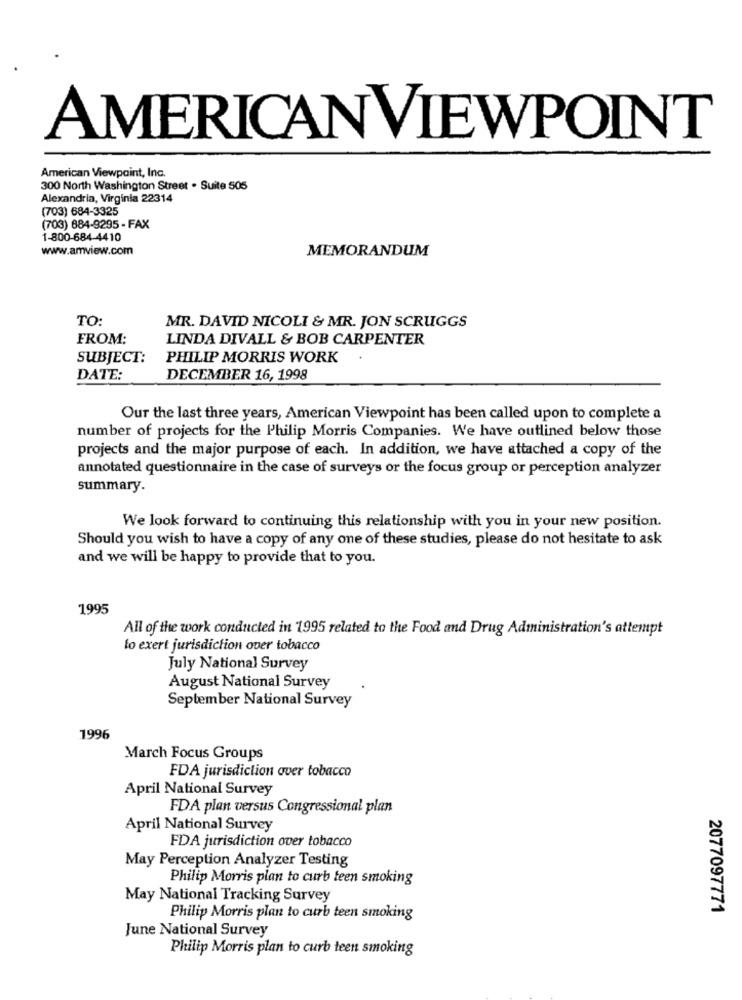
AMERICANVIEWPOINT
American Viewpoint, Inc.
300 North Washington Street . Suite 505
Alexandria, Virginia 22314
(703) 684-3325
(703) 884-9295 - FAX
1-800-684-4410
www.amview.com
MEMORANDUM
TO:
MR. DAVID NICOLI & MR. JON SCRUGGS
FROM:
LINDA DIVALL & BOB CARPENTER
SUBJECT:
PHILIP MORRIS WORK
DATE:
DECEMBER 16, 1998
Our the last three years, American Viewpoint has been called upon to complete a
number of projects for the Philip Morris Companies. We have outlined below those
projects and the major purpose of each. In addition, we have attached a copy of the
annotated questionnaire in the case of surveys or the focus group or perception analyzer
summary.
We look forward to continuing this relationship with you in your new position.
Should you wish to have a copy of any one of these studies, please do not hesitate to ask
and we will be happy to provide that to you.
1995
All of the work conducted in 1995 related to the Food and Drug Administration's attempt
to exert jurisdiction over tobacco
July National Survey
August National Survey
September National Survey
1996
March Focus Groups
FDA jurisdiction over tobacco
April National Survey
FDA plan versus Congressional plan
April National Survey
FDA jurisdiction over tobacco
May Perception Analyzer Testing
Philip Morris plan to curb teen smoking
May National Tracking Survey
2077097771
Philip Morris plan to curb teen smoking
June National Survey
Philip Morris plan to curb teen smoking